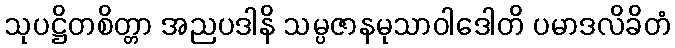
သုပဋ္ဌိတစိတ္တာ အညပဒါနိ သမ္ပဇာနမုသာဝါဒေါတိ ပမာဒလိခိတံ